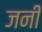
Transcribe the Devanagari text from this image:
जनीं